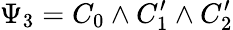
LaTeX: \Psi_{3}=C_{0}\wedge C_{1}^{\prime}\wedge C_{2}^{\prime}